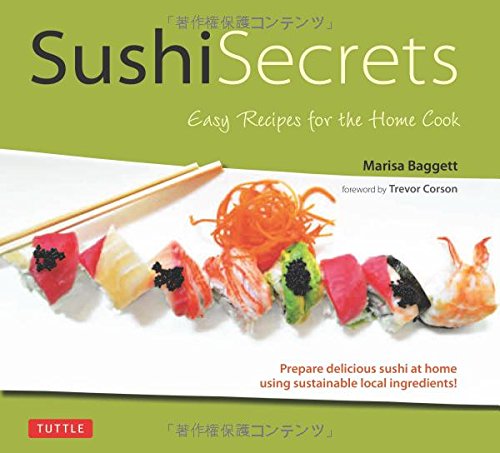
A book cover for Sushi Secrets: Easy Recipes for the Home Cook. Prepare delicious sushi at home using sustainable local ingredients!; Marisa Baggett; Cookbooks, Food & Wine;